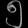
Digit: ၅